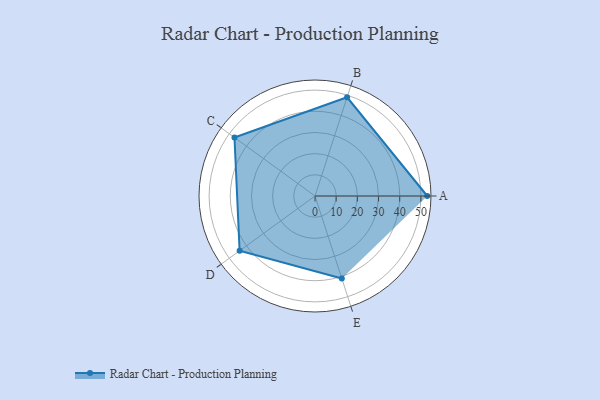
{"axis": {"x": "Skill", "y": "Score"}, "legend": ["Profile"], "data": [{"x": "A", "y": 53.0, "type": "Profile"}, {"x": "B", "y": 49.0, "type": "Profile"}, {"x": "C", "y": 47.0, "type": "Profile"}, {"x": "D", "y": 44.0, "type": "Profile"}, {"x": "E", "y": 41.0, "type": "Profile"}]}